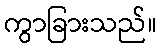
ကွာခြားသည်။